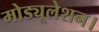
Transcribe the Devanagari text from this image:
मोड्यूलेशन।